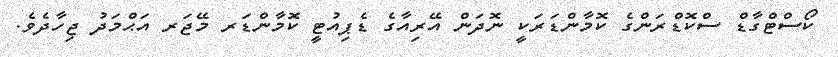
ކޯސްޓްގާޑް ސްކޮޑްރަންގެ ކޮމާންޑަރަކީ ނޮދަން އޭރިއާގެ ޑެޕިއުޓީ ކޮމާންޑަރ މޭޖަރ އަޙްމަދު ޖިހާދެވެ.